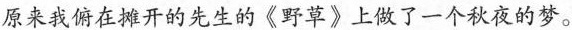
原来我俯在摊开的先生的《野草》上做了一个秋夜的梦。